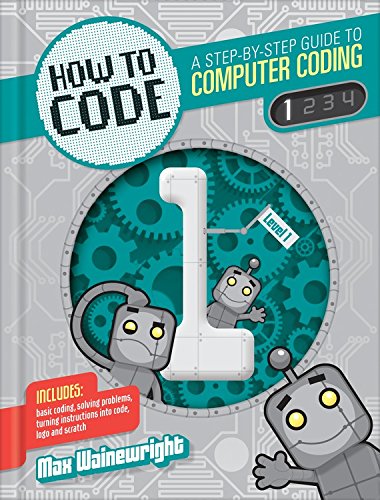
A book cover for Level 1 (How to Code: A Step by Step Guide to Computer Coding); Max Wainewright; Children's Books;